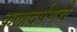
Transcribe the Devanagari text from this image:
कलादर्पणचे